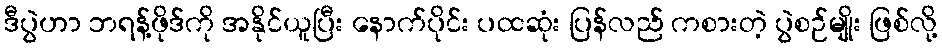
ဒီပွဲဟာ ဘရန့်ဖိုဒ်ကို အနိုင်ယူပြီး နောက်ပိုင်း ပထဆုံး ပြန်လည် ကစားတဲ့ ပွဲစဉ်မျိုး ဖြစ်လို့